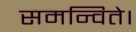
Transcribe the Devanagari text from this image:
समन्विते।